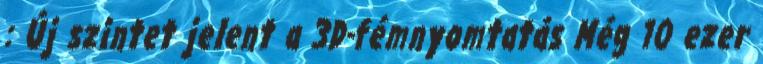
: Új szintet jelent a 3D-fémnyomtatás Még 10 ezer